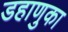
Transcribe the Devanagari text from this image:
डहाणुका